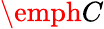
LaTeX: \emph{C}